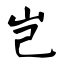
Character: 岂